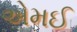
એમઈ